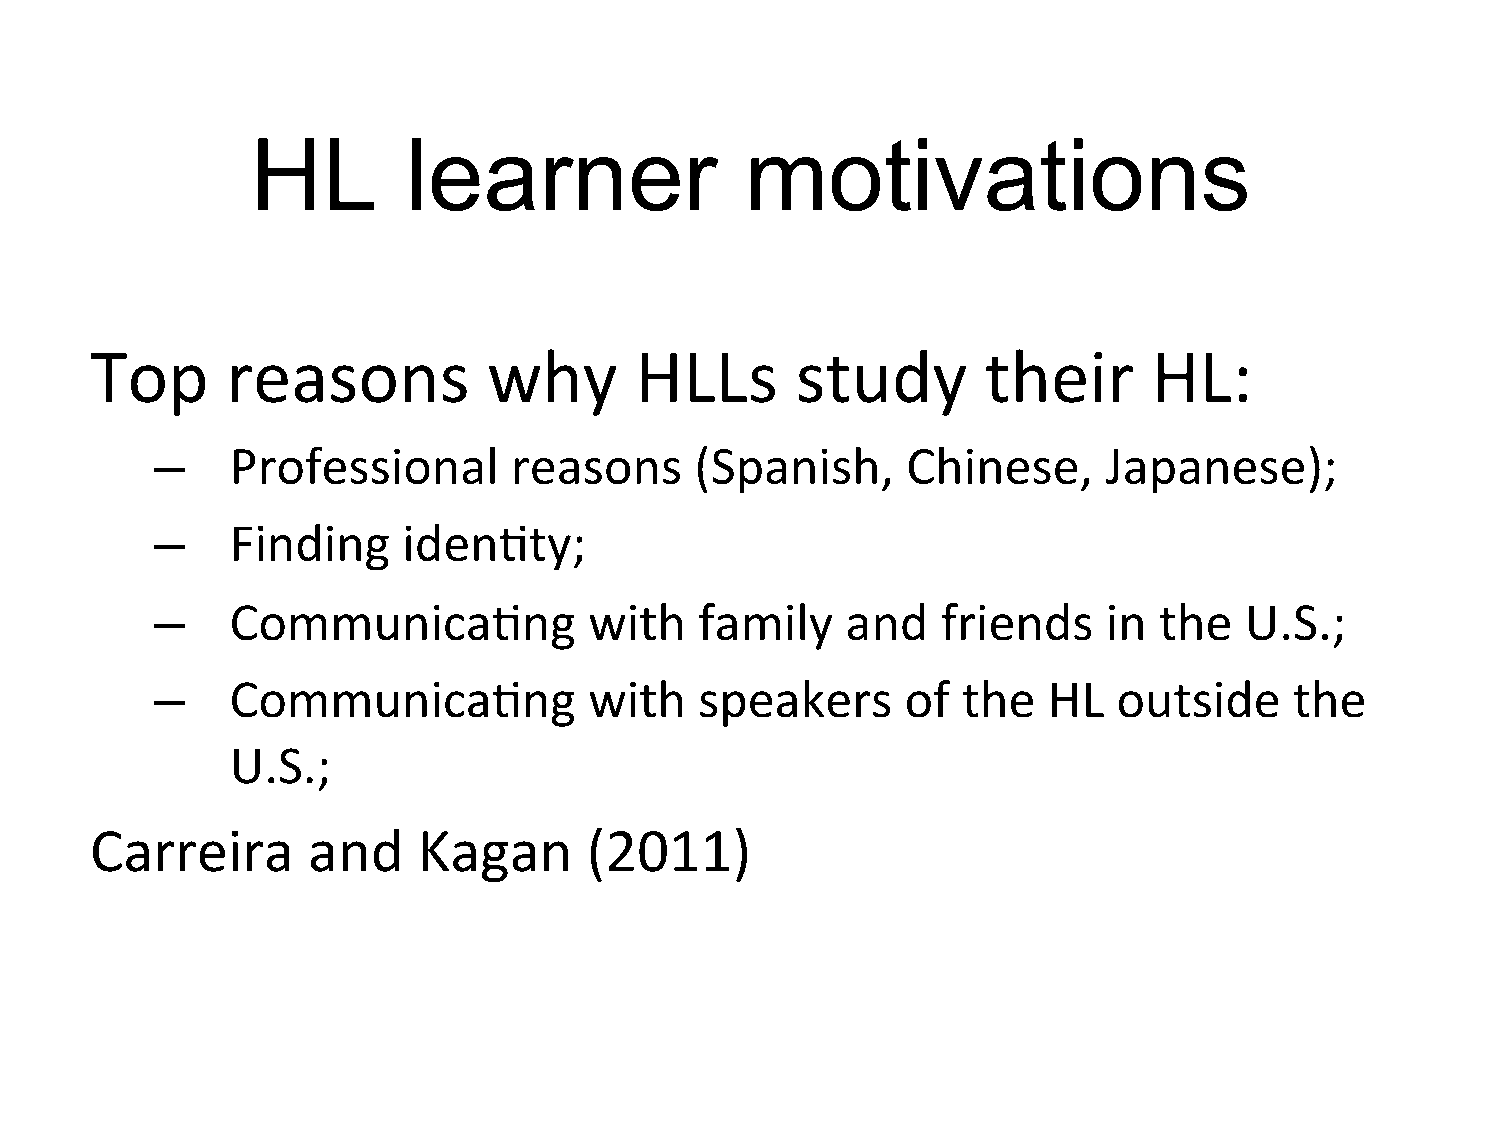
HL        learner               motivations
 Top      reasons          why       HLLs       study       their      HL:
 –    Professional       reasons     (Spanish,     Chinese,     Japanese);
 –    Finding     iden=ty;
 –    Communica=ng            with   family    and   friends    in  the  U.S.;
 –    Communica=ng            with   speakers      of  the  HL   outside     the
 U.S.;
 Carreira      and     Kagan      (2011)